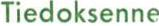
Tiedoksenne